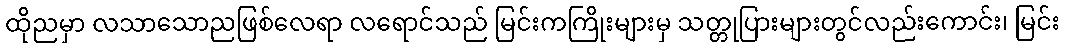
ထိုညမှာ လသာသောညဖြစ်လေရာ လရောင်သည် မြင်းကကြိုးများမှ သတ္တုပြားများတွင်လည်းကောင်း၊ မြင်း